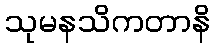
သုမနသိကတာနိ